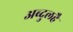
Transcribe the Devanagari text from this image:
अब्दुलहै